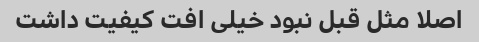
اصلا مثل قبل نبود خیلی افت کیفیت داشت